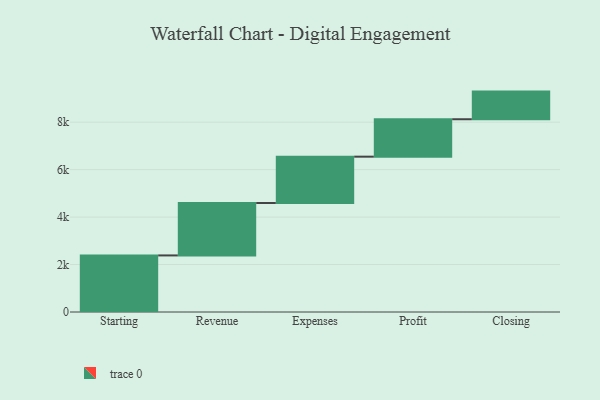
{"axis": {"x": "Step", "y": "Value"}, "legend": [""], "data": [{"x": "Starting", "y": 2384.0, "type": ""}, {"x": "Revenue", "y": 2210.0, "type": ""}, {"x": "Expenses", "y": 1952.0, "type": ""}, {"x": "Profit", "y": 1577.0, "type": ""}, {"x": "Closing", "y": 1165.0, "type": ""}]}